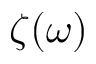
\zeta ( \omega )